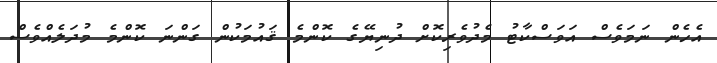
އެހެން ނަމަވެސް އަވަސްކާޓު މެދުވެރިކޮށް ދުނިޔޭގެ ކޮންމެ ޤައުމަކުން ގަންނަ ކޮންމެ މުދަލެއްވެސް